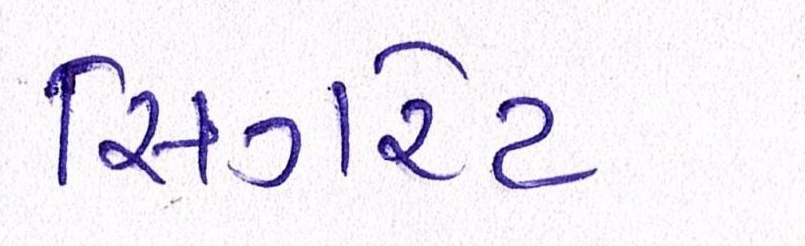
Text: સિગરેટ